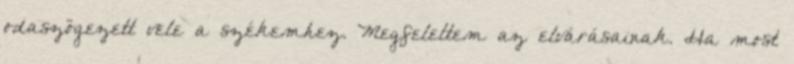
odaszögezett vele a székemhez. Megfeleltem az elvárásainak. Ha most